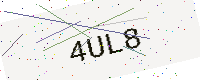
Text: 4UL8